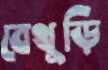
বেথুড়ি